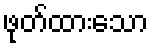
ဖုတ်ထားသော